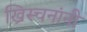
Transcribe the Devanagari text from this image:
ख्रिस्चनांनी